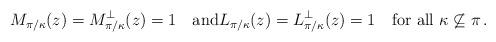
LaTeX: \begin{align*} M_{\pi/\kappa}(z) = M^\perp_{\pi/\kappa}(z) = 1 \quad\mbox{and}L_{\pi/\kappa}(z)=L^\perp_{\pi/\kappa}(z)=1 \quad\mbox{for all $\kappa\not\subseteq\pi$\,.} \end{align*}